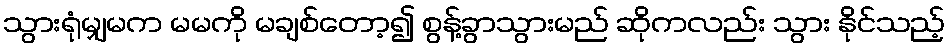
သွားရုံမျှမက မမကို မချစ်တော့၍ စွန့်ခွာသွားမည် ဆိုကလည်း သွား နိုင်သည့်